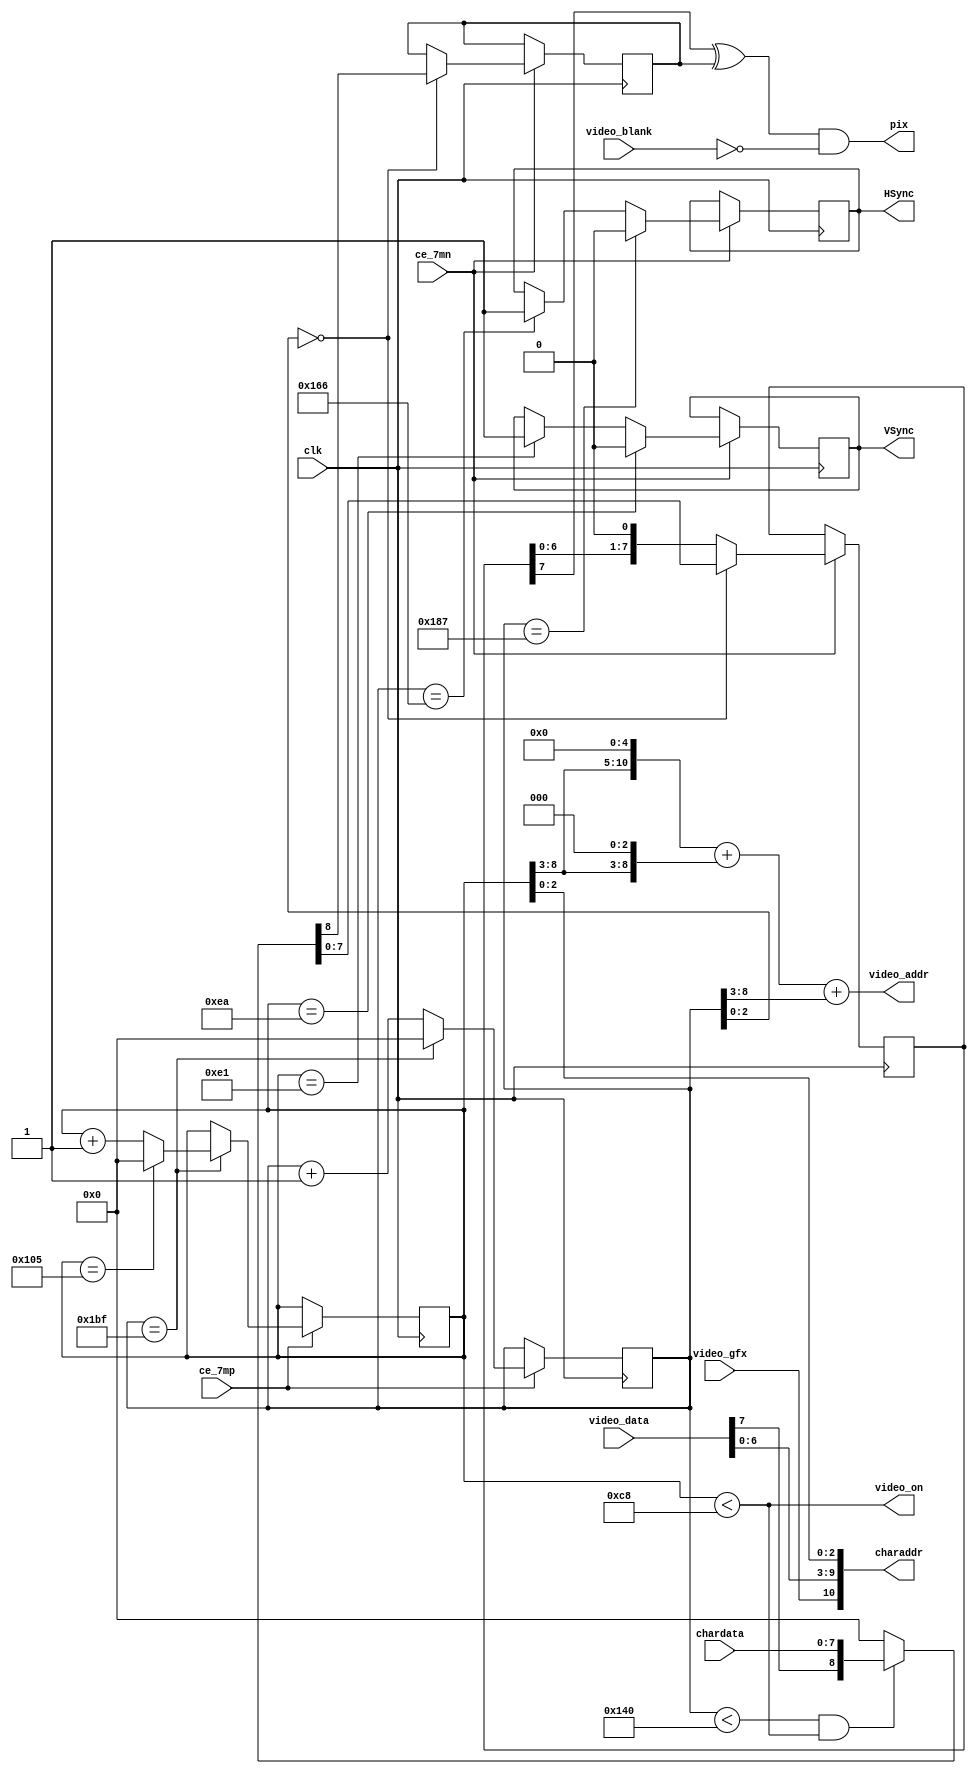
module pet2001video
(
	output         pix,
	output reg     HSync,
	output reg     VSync,

	output [10:0]  video_addr,	// Video RAM intf
	input  [7:0]   video_data,

	output [10:0]  charaddr,	// char rom intf
	input  [7:0]   chardata,
	output         video_on,	// control sigs
	input          video_blank,
	input          video_gfx,
	input          clk,
	input          ce_7mp,
	input          ce_7mn
);

assign video_on   = (vc < 200);
assign video_addr = {vc[8:3], 5'b00000}+{vc[8:3], 3'b000}+hc[8:3];
assign charaddr   = {video_gfx, video_data[6:0], vc[2:0]};

reg  [8:0] hc;
reg  [8:0] vc;

always @(posedge clk) begin
	if(ce_7mp) begin
		hc <= hc + 1'd1;
		if(hc == 447) begin 
			hc <=0;
			vc <= vc + 1'd1;
			if(vc == 261) vc <= 0;
		end
	end

	if(ce_7mn) begin
		if(hc == 358) HSync <= 1;
		if(hc == 391) HSync <= 0;
		if(vc == 225) VSync <= 1;
		if(vc == 234) VSync <= 0;
	end
end

reg [7:0] vdata;
reg       inv;
assign    pix = (vdata[7] ^ inv) & ~video_blank;

always @(posedge clk) begin
	if(ce_7mn) begin
		if(!hc[2:0]) {inv, vdata} <= ((hc<320) && (vc<200)) ? {video_data[7], chardata} : 9'd0;
			else vdata <= {vdata[6:0], 1'b0};
	end
end


endmodule